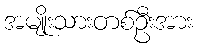
အမျိုးသားတစ်ဦးအား